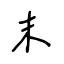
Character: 末